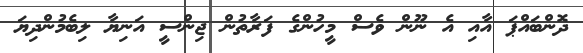
ދޮންބައްޕަ އާއި އެ ނޫން ވެސް މީހުންގެ ފަރާތުން ޖިންސީ އަނިޔާ ލިބެމުންދިޔަ